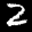
Label: 2